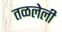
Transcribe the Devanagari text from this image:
तळलेली